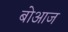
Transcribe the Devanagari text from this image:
बोआज